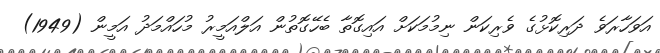
އަވަހާރަވެ ދަރިކޮޅުގެ ވެރިކަން ނިމުމަކަށް އައިގޮތާ ބެހޭގޮތުން އަލްއަމީރު މުހައްމަދު އަމީން (1949)